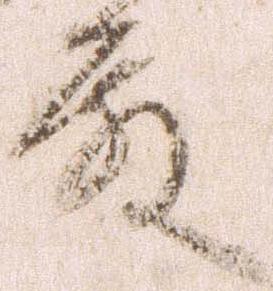
殿